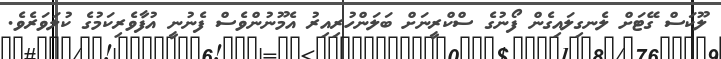
ލޫކަސް ގޭޓަށް ލެނގިލައިގެން ފޯނުގެ ސްކްރީނަށް ބަލަންހުރިއިރު އެމޫނުންވެސް ފެނުނީ އުފާވެރިކަމުގެ ކުލަވަރެވެ.